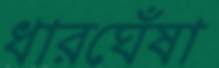
ধারঘেঁষা